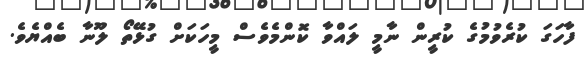
ފާހަގަ ކުރެވުމުގެ ކުރީން ނާމީ ލައްވާ ކޮންމެވެސް މީހަކަށް ގުޅޭތޯ ލޫނާ ބެއްޔެވެ.